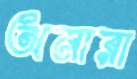
অনারা